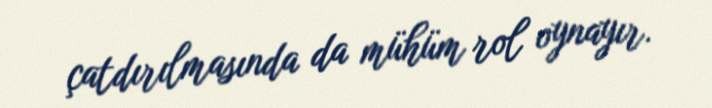
çatdırılmasında da mühüm rol oynayır.